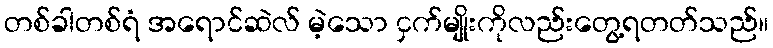
တစ်ခါတစ်ရံ အရောင်ဆဲလ် မဲ့သော ငှက်မျိုးကိုလည်းတွေ့ရတတ်သည်။